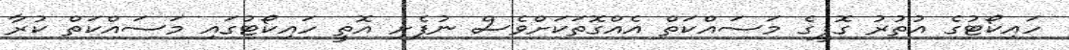
ހައިކޯޓުގެ އުތުރު ގޮފީގެ މަސައްކަތް އެއްގޮތަކަށްވެސް ނުފެށި އޮތީ ހައިކޯޓުގައި މަސައްކަތް ކުރާ